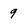
Character: 9